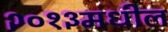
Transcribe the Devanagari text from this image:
२०१३मधील